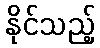
နိုင်သည့်